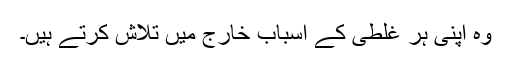
وہ اپنی ہر غلطی کے اسباب خارج میں تلاش کرتے ہیں۔